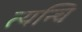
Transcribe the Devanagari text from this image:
त्यन्चि